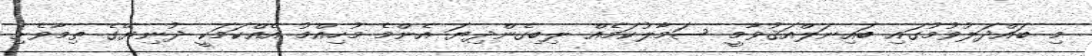
މި ބައްދަލުވުމުގައި ބައިނަލްއަޤުވާމީ ސަމާލުކަމެއް ލިބިގެންދިޔަ އެންމެ މުހިއްމު އެއްކަމަކީ ދުނިޔޭގެ ތިމާވެށި